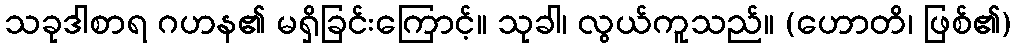
သခုဒါစာရ ဂဟန၏ မရှိခြင်းကြောင့်။ သုခါ၊ လွယ်ကူသည်။ (ဟောတိ၊ ဖြစ်၏)